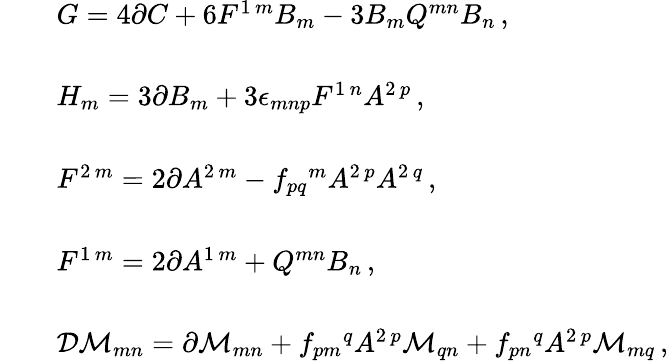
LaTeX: \begin{array}{rcl}{{}}&{{}}&{{G=4\partial C+6F^{1\, m}B_{m}-3B_{m}Q^{mn}B_{n}\, ,}}\\ {{}}&{{}}&{{}}\\ {{}}&{{}}&{{H_{m}=3\partial B_{m}+3\epsilon_{mnp}F^{1\, n}A^{2\, p}\, ,}}\\ {{}}&{{}}&{{}}\\ {{}}&{{}}&{{F^{2\, m}=2\partial A^{2\, m}-f_{pq}{}^{m}A^{2\, p}A^{2\, q}\, ,}}\\ {{}}&{{}}&{{}}\\ {{}}&{{}}&{{F^{1\, m}=2\partial A^{1\, m}+Q^{mn}B_{n}\, ,}}\\ {{}}&{{}}&{{}}\\ {{}}&{{}}&{{{\cal D}{\cal M}_{mn}=\partial{\cal M}_{mn}+f_{pm}{}^{q}A^{2\, p}{\cal M}_{qn}+f_{pn}{}^{q}A^{2\, p}{\cal M}_{mq}\, ,}}\end{array}